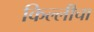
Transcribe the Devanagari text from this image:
किल्लीचा